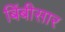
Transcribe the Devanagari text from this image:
बिंबीसार